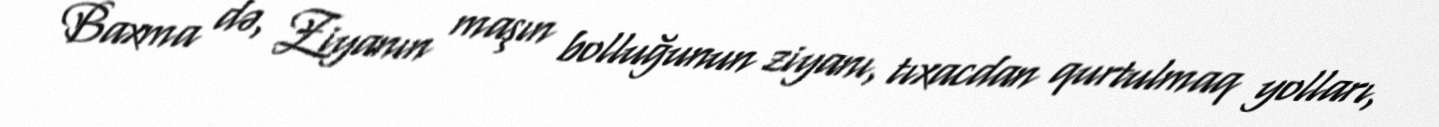
Baxma də, Ziyanın maşın bolluğunun ziyanı, tıxacdan qurtulmaq yolları,